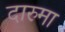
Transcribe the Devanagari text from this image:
दारुमा